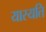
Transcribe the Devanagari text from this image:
यास्यति